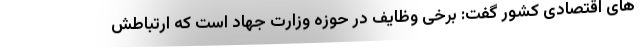
های اقتصادی کشور گفت: برخی وظایف در حوزه وزارت جهاد است که ارتباطش